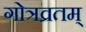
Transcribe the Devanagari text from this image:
गोत्रव्रतम्